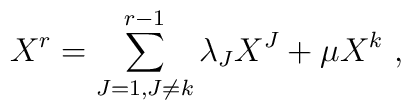
X^r = \sum_{J=1,J\not= k}^{r-1}\lambda_{J} X^J +\mu X^k \ ,